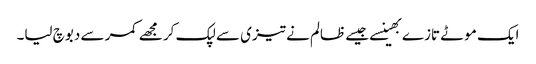
ایک موٹے تازے بھینسے جیسے ظالم نے تیزی سے لپک کر مجھے کمر سے دبوچ لیا۔